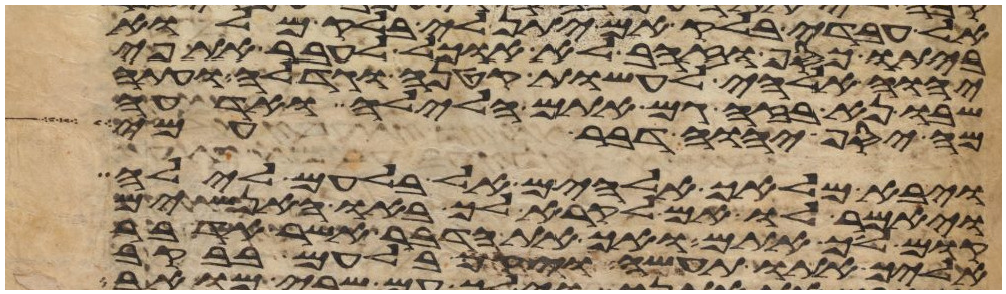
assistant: אל עבדי בלק אם יתן לי בלק מלוא
ביתו כסף או זהב לא אוכל לעבר את פי
יהוה אלהי לעשות קטנה או גדלה ועתה
שבו נא בזה גם אתם הלילה ואדעה
מה יסף יהוה דבר עמי
ויבא מלאך אלהים אל בלעם לילה
ויאמר לו אם לקרא לך באו האנשים
קום לך אתם ואך את הדבר אשר אדבר
אליך אתו תעשה ויקם בלעם בבקר